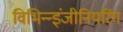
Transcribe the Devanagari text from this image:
विभिन्‍न्‍इंजीनियरिंग